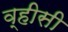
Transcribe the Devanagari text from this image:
व्हीसी